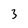
Character: 3